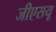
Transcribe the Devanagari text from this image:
जीएसयू